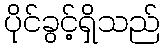
ပိုင်ခွင့်ရှိသည်